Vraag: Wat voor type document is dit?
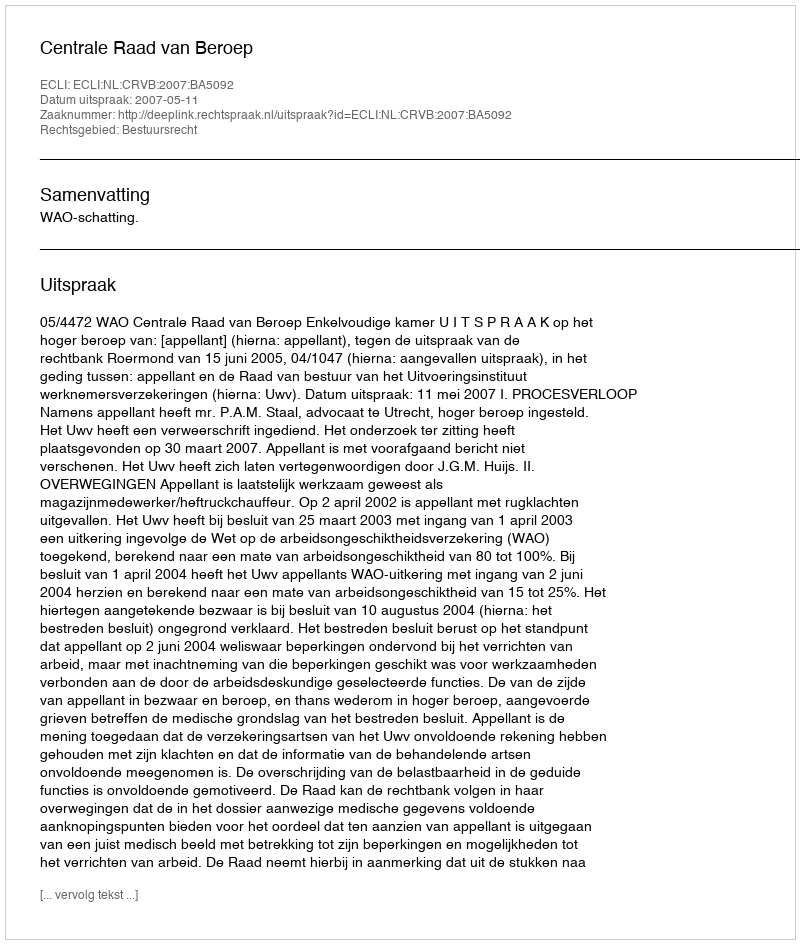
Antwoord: Uitspraak